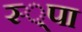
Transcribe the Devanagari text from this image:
स्‍्पा